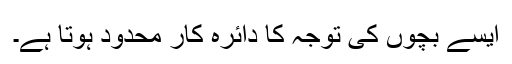
ایسے بچوں کی توجہ کا دائرہ کار محدود ہوتا ہے۔